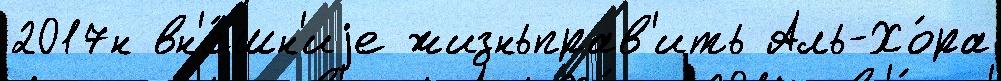
2017н вн'е́шн'иjе жизньправ'ить Аль-Хо́ра